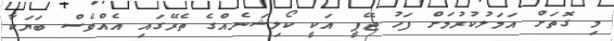
މި ގޮތަށް އަމަލުކުރުމަށް ފަހު ޖޭޕީ އަކީ ކޯލިޝަނެއްގެ ތެރޭގައި އެއްވެސް ބަޔަކާ